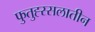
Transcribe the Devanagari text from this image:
फुतुह्स्सलातीन